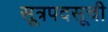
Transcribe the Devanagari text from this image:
सूत्रपदसूची